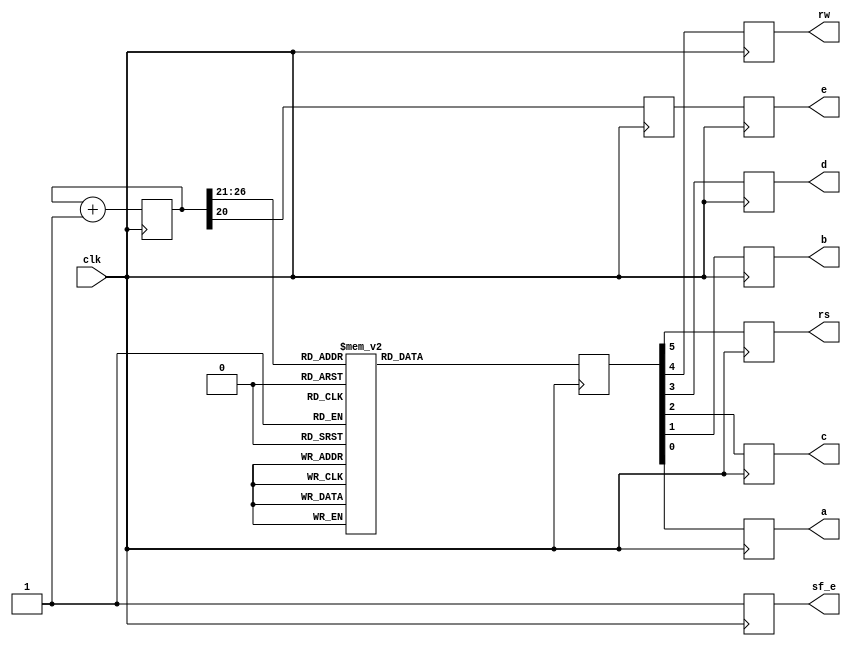
// Code your design here
//****************LCD_SPARTAN_3E***************//
`timescale 1ns / 1ps
//////////////////////////////////////////////////////////////////////////////////
// Company: 
// Engineer: 
// 
// Design Name: 
// Module Name:    TestLCD 
// Project Name: 
// Target Devices:  Spartan 3E Xilinx 
// Tool versions: 
// Description: 
//
// Dependencies: 
//
// Revision: 
// Revision 0.01 - File Created
// Additional Comments: 
//
//////////////////////////////////////////////////////////////////////////////////
module TestLCD(clk, sf_e, e, rs, rw, d, c, b, a);

(* LOC = "C9" *)  input clk; // pin C9 is the 50-MHz on-board clock
(* LOC = "D16" *) output reg sf_e; // 1 LCD access (0 strataFlash access)
(* LOC = "M18" *) output reg e; // enable (1)
(* LOC = "L18" *) output reg rs;	// Register Select (1 data bits for R/W)
(* LOC = "L17" *) output reg rw;	// Read/Write 1/0
(* LOC = "M15" *) output reg d;	// 4th data bits (to form a nibble)
(* LOC = "P17" *) output reg c;	// 3rd data bits (to form a nibble)
(* LOC = "R16" *) output reg b;	// 2nd data bits (to form a nibble)
(* LOC = "R15" *) output reg a;	// 1st data bits (to form a nibble)

reg [26:0] count = 0;	// 27-bit count, 0-(128M-1), over 2 secs
reg [5:0] code;	// 6-bits different signals to give out
reg refresh;	// refresh LCD rate @ about 25Hz


always @ (posedge clk) begin
count <= count + 1;

case (count [26:21])	// as top 6 bits change
// power-on init can be carried out befor this loop to avoid the flickers
0: code <= 6'h03;	// power-on init sequence
1: code <= 6'h03;	// this is needed at least once
2: code <= 6'h03;	// when LCD's powered on
3: code <= 6'h02;	// it flickers existing char dislay
// Table 5-3, Function Set 
// Send 00 and upper nibble 0010, then 00 and lower nibble 10xx
4: code <= 6'h02; // Function Set, upper nibble 0010 
5: code <= 6'h08; // lower nibble 1000 (10xx)
// Table 5-3, Entry Mode 
// send 00 and upper nibble: I/D bit (Incr 1, Decr 0), S bit (Shift 1, 0 no) 
6: code <= 6'h00; // see table, upper nibble 0000, then lower nibble: 
7: code <= 6'h06; // 0110: Incr, Shift disabled
// Table 5-3, Display On/Off 
// send 00 and upper nibble 0000, then 00 and lower nibble 1 DCB 
// D: 1, show char represented by code in DDR, 0 don't, but code remains 
// C: 1, show cursor, 0 don't 
// B: 1, cursor blinks (if shown), 0 don't blink (if shown) 
8: code <= 6'h00; // Display On/Off, upper nibble 0000 
9: code <= 6'h0C; // lower nibble 1100 (1 D C B)
// Table 5-3 Clear Display, 00 and upper nibble 0000, 00 and lower nibble 0001 
10: code <= 6'h00; // Clear Display, 00 and upper nibble 0000 
11: code <= 6'h01; // then 00 and lower nibble 0001
// Chararters are then given out, the cursor will advance to the right 
// Table 5-3, Write Data to DD RAM (or CG RAM) 
// Fig 5-4, 'H' send 10 and upper nibble 0100, then 10 and lower nibble 
12: code <= 6'h24; // 'C' high nibble 
13: code <= 6'h23; // 'C' low nibble 
14: code <= 6'h26; // o 
15: code <= 6'h2F; 
16: code <= 6'h26; // m 
17: code <= 6'h2D; 
18: code <= 6'h27; // p 
19: code <= 6'h20;
20: code <= 6'h27; // u 
21: code <= 6'h25;
22: code <= 6'h27; // t 
23: code <= 6'h24;
24: code <= 6'h26; // e 
25: code <= 6'h25;
26: code <= 6'h27; // r 
27: code <= 6'h22; // Table 5-3, Set DD RAM (DDR) Address 
// position the cursor onto the start of the 2nd line 
// send 00 and upper nibble 1???, ??? is the highest 3 bits of the DDR 
// address to move the cursor to, then 00 and lower 4 bits of the addr 
// so ??? is 100 and then 0000 for h40 
28: code <= 6'b001100; // pos cursor to 2nd line upper nibble 
29: code <= 6'b000000; // lower nibble: h0 
// Characters are then given out, the cursor will advance to the right 
30: code <= 6'h24; // O 
31: code <= 6'h2F;
32: code <= 6'h27; // r 
33: code <= 6'h22; 
34: code <= 6'h26; // g 
35: code <= 6'h27; 
36: code <= 6'h26; // a 
37: code <= 6'h21; 
38: code <= 6'h26; // n 
39: code <= 6'h2E; 
40: code <= 6'h26; // i 
41: code <= 6'h29;
42: code <= 6'h27; // z 
43: code <= 6'h2A;
44: code <= 6'h26; // a 
45: code <= 6'h21;
46: code <= 6'h27; // t 
47: code <= 6'h24;
48: code <= 6'h26; // i 
49: code <= 6'h29;
50: code <= 6'h26; // o 
51: code <= 6'h2F;
52: code <= 6'h26; // n 
53: code <= 6'h2E; // Table 5-3, Read Busy Flag and Address 
// send 01 BF (Busy Flag) x x x, then 01xxxx 
// idling
 
default: code <= 6'h10; // the restun-used time 
endcase 
// refresh (enable) the LCD when bit 20 of the count is 1 
// (it flips when counted upto 2M, and flips again after another 2M) 
refresh <= count[ 20 ]; // flip rate about 25 (50MHz/2*21=2M) 
sf_e <= 1; e <= refresh; 
rs <= code[5]; rw <= code[4]; 
d <= code[3]; c <= code[2];  
b <= code[1]; a <= code[0]; 
end // always 

endmodule